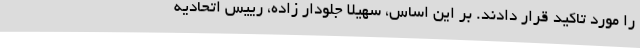
را مورد تاکید قرار دادند. بر این اساس، سهیلا جلودار زاده، رییس اتحادیه